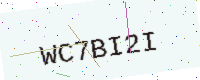
Text: WC7BI2I